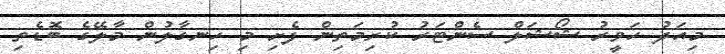
މިއަދު ހަވީރު ޝޯޝަލް ސެންޓަރު ކުރިމަތިން ފެށި މި ހިނގާލުން މާލޭގެ ބޮޑެތި